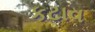
કટાવ